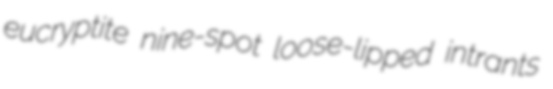
eucryptite nine-spot loose-lipped intrants